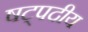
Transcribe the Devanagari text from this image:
षट्पदीय